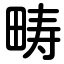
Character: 畴